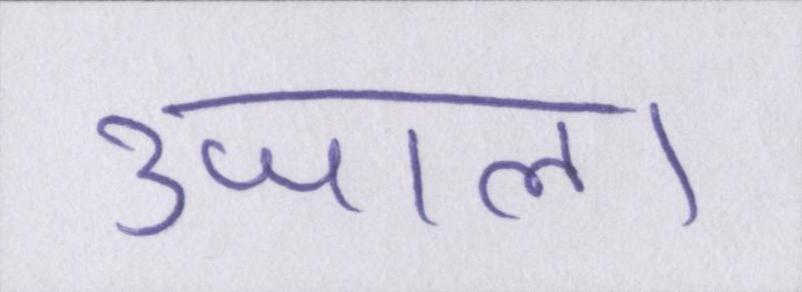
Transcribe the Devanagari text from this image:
उजाला